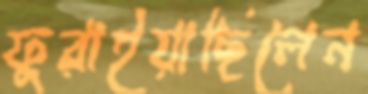
ফুরাইয়াছিলেন